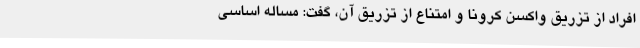
افراد از تزریق واکسن کرونا و امتناع از تزریق آن، گفت: مساله اساسی